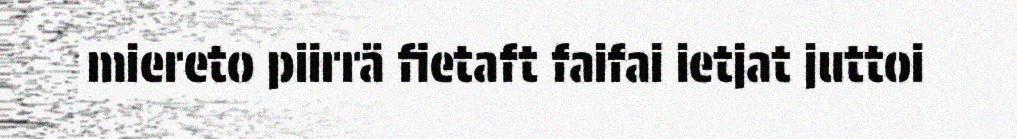
miereto piirrä fietaft faifai ietjat juttoi